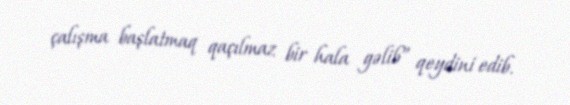
çalışma başlatmaq qaçılmaz bir hala gəlib” qeydini edib.